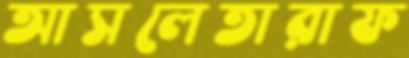
আসলেতারাফ